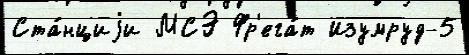
Ста́нциjи МСЭ Фр'ега́т Изумруд-5